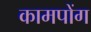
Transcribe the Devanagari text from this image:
कामपोंग